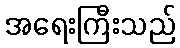
အရေးကြီးသည်